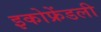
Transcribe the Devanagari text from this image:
इकोफ्रेंडली